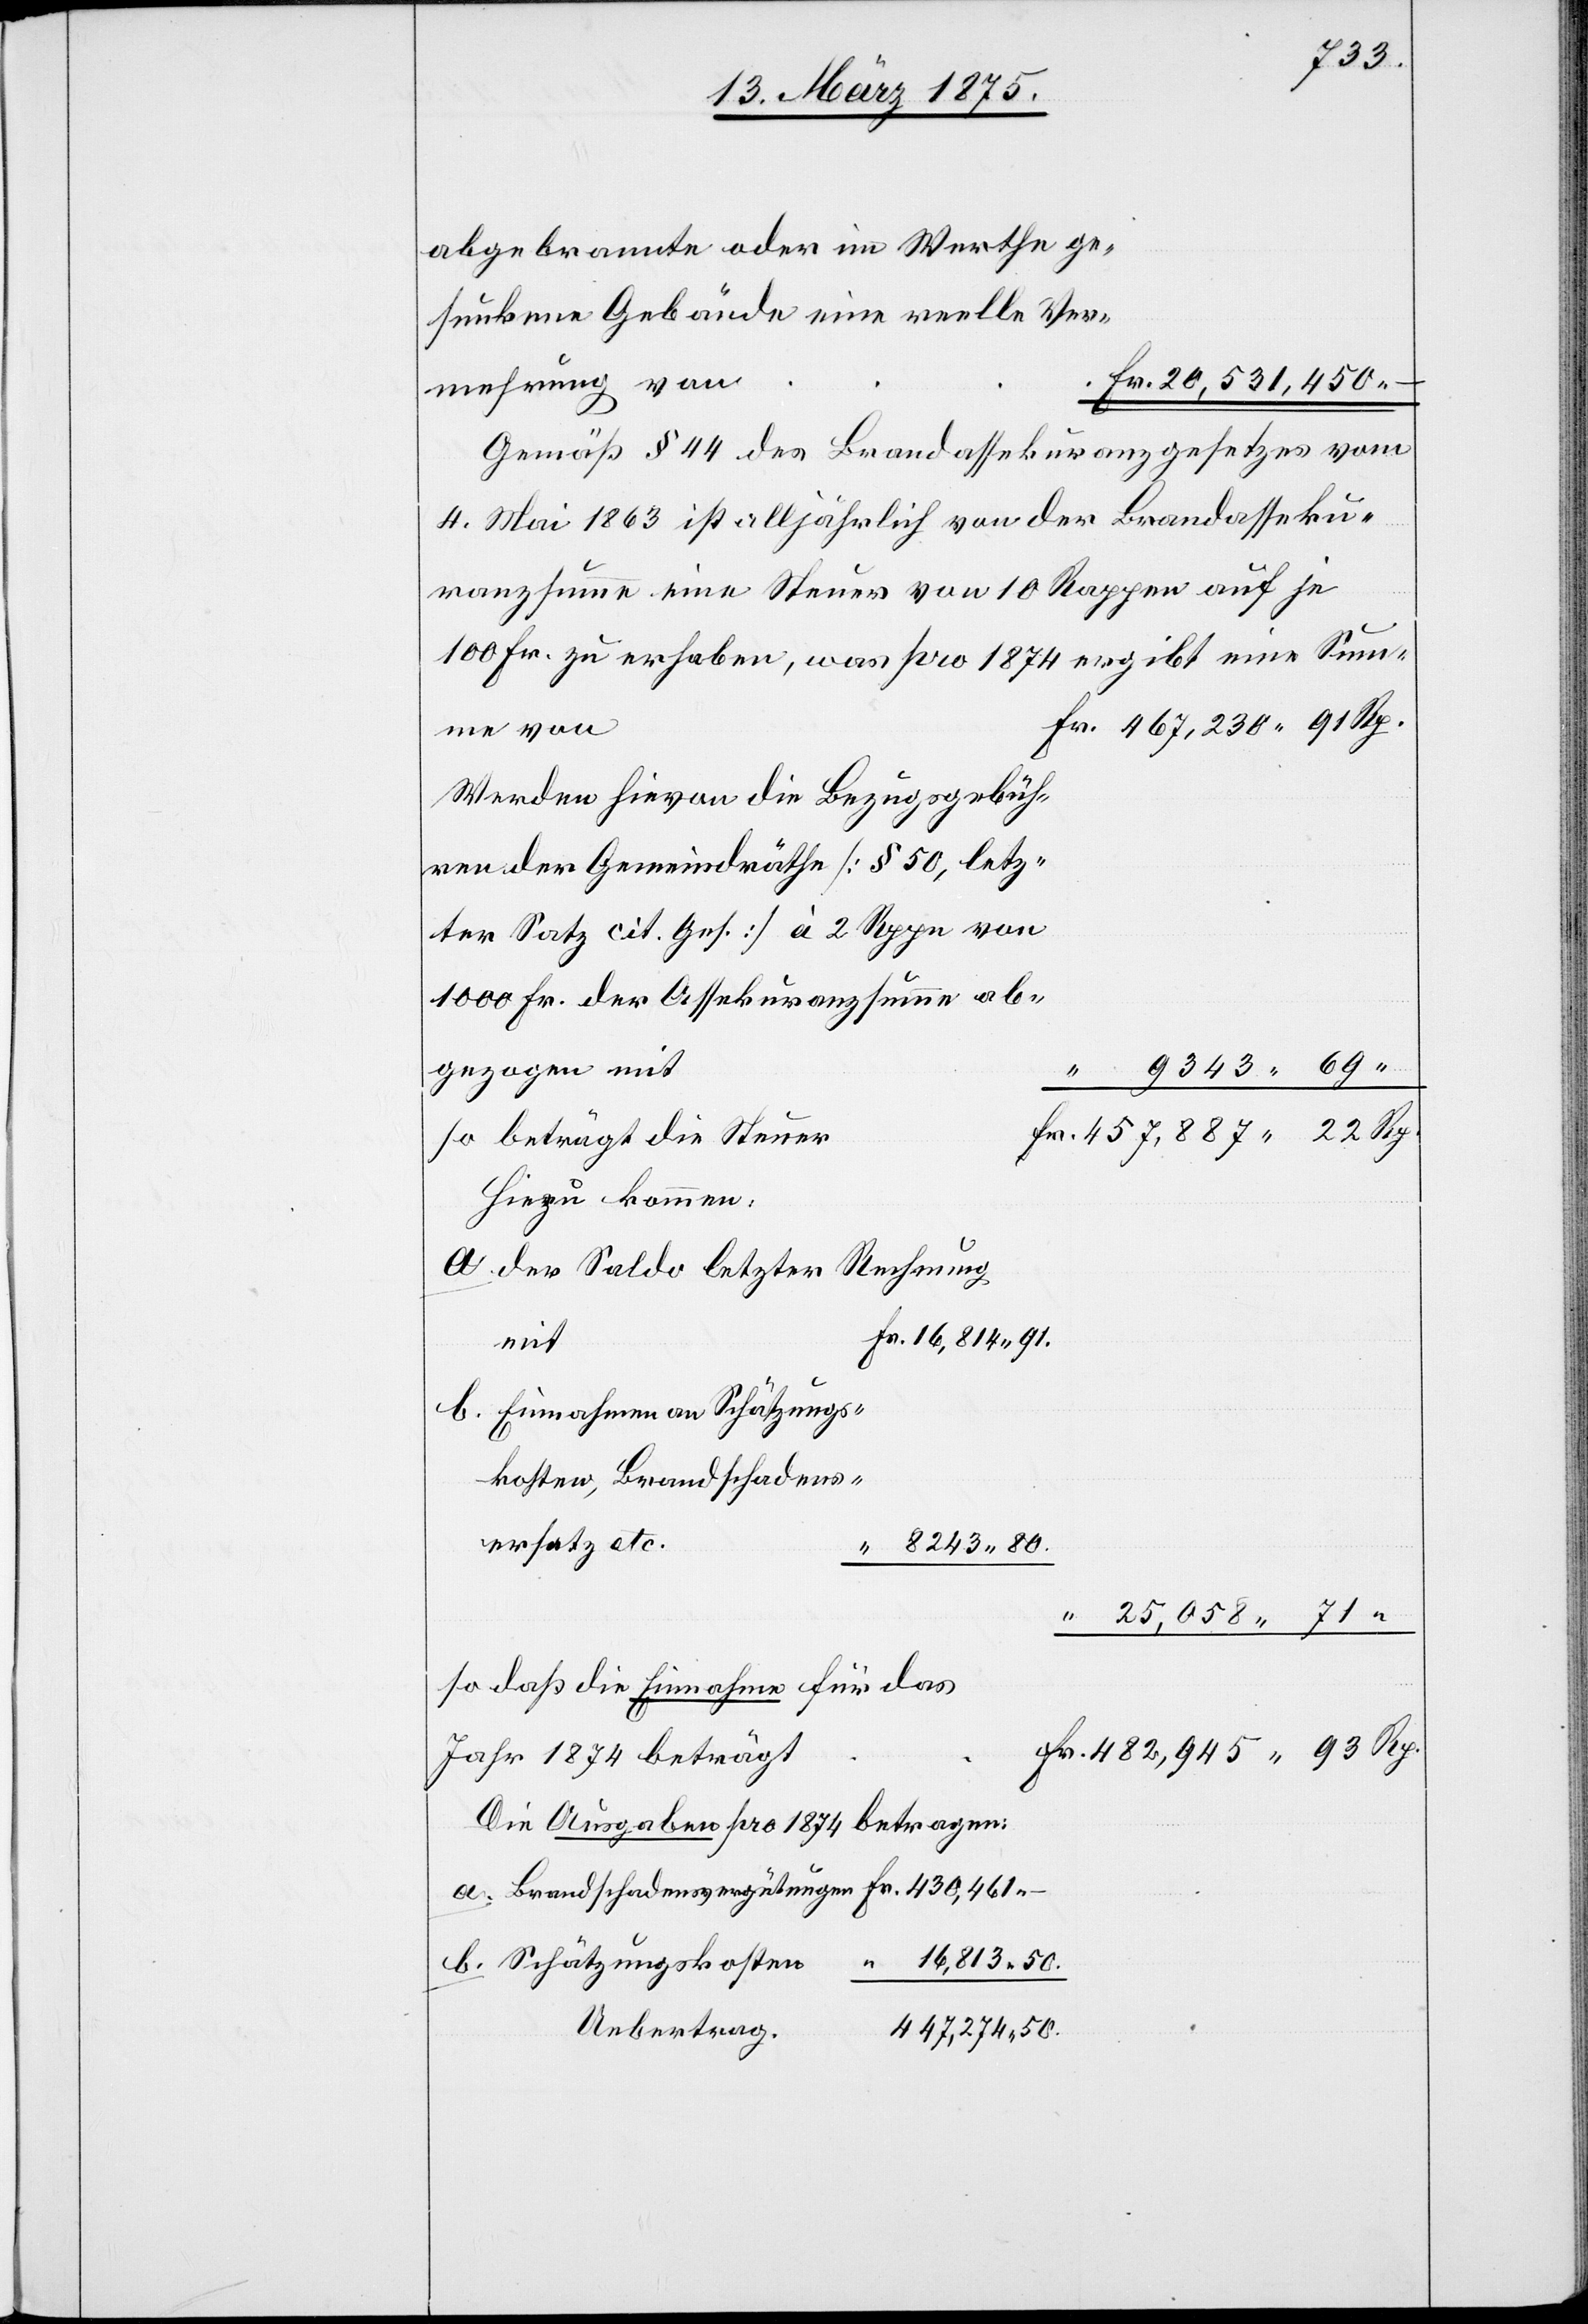
abgebrannte oder im Werthe ge¬
sunkene Gebäude eine reelle Ver¬
mehrung von
Gemäß § 44 des Brandassekuranzgesetzes vom
4. Mai 1863 ist alljährlich von der Brandasseku¬
ranzsumme eine Steuer von 10 Rappen auf je
100 Fr. zu erheben, was pro 1874 ergibt eine Sum¬
me von
Werden hievon die Bezugsgebüh¬
ren der Gemeindräthe [§ 50, letz¬
ter Satz cit. Ges.] à 2 Rppn von
1000 Fr. der Assekuranzsumme ab¬
gezogen mit
so beträgt die Steuer
Hinzu kommen:
der Saldo letzter Rechnung
mit
Einnahmen an Schätzungs¬
kosten, Brandschadens¬
ersatz etc.
8243 80.
25,058 71.
so daß die Einnahme für das
Jahr 1874 beträgt
Die Ausgaben pro 1874 betragen:
Uebertrag
447,274 50.